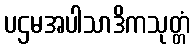
ပဌမအပါသာဒိကသုတ္တံ